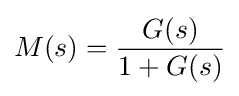
M(s)={\frac {G(s)}{1+G(s)}}